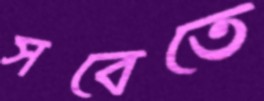
সবেতে